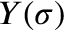
Y ( \sigma )